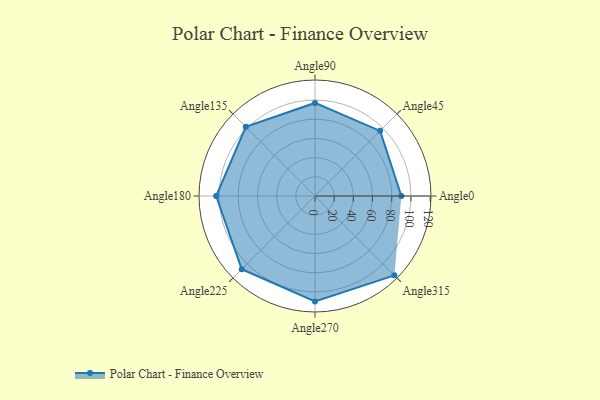
{"axis": {"x": "Angle", "y": "Radius"}, "legend": [""], "data": [{"x": "Angle0", "y": 90.0, "type": ""}, {"x": "Angle45", "y": 96.0, "type": ""}, {"x": "Angle90", "y": 97.0, "type": ""}, {"x": "Angle135", "y": 102.0, "type": ""}, {"x": "Angle180", "y": 103.0, "type": ""}, {"x": "Angle225", "y": 108.0, "type": ""}, {"x": "Angle270", "y": 110.0, "type": ""}, {"x": "Angle315", "y": 117.0, "type": ""}]}